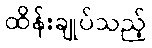
ထိန်းချုပ်သည့်